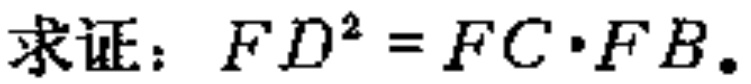
求证：\(FD^{2}=FC\cdot FB\)。